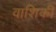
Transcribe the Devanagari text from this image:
वाशिकी